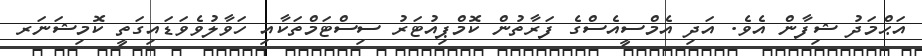
އަޙްމަދު ޝިފާން އެެވެ. އަދި އެމްސީއެސްގެ ފަރާތުން ކޮމްޕިއުޓަރު ސިސްޓަމްތަކާއި ހަވާލުވެވަޑައިގަތީ ކޮމިޝަނަރ